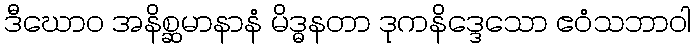
ဒီဃောဝ အနိစ္ဆမာနာနံ မိဒ္ဓနတာ ဒုကနိဒ္ဒေသော ဧဝံသဘာဝါ